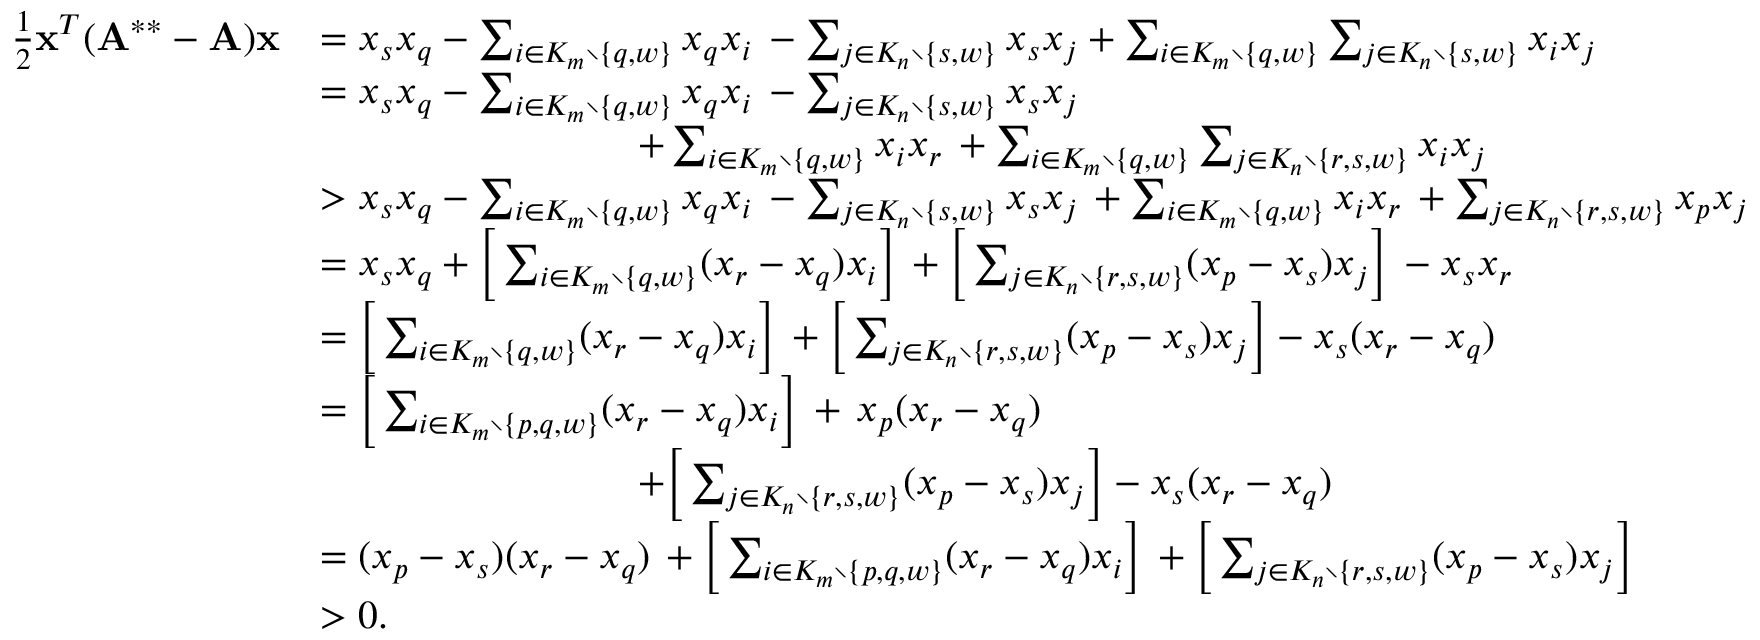
\begin{array} { r l } { \frac { 1 } { 2 } \mathbf { x } ^ { T } ( \mathbf { A } ^ { * * } - \mathbf { A } ) \mathbf { x } } & { = x _ { s } x _ { q } - \sum _ { i \in K _ { m } \setminus \{ q , w \} } x _ { q } x _ { i } \, - \sum _ { j \in K _ { n } \setminus \{ s , w \} } x _ { s } x _ { j } + \sum _ { i \in K _ { m } \setminus \{ q , w \} } \sum _ { j \in K _ { n } \setminus \{ s , w \} } x _ { i } x _ { j } } \\ & { = x _ { s } x _ { q } - \sum _ { i \in K _ { m } \setminus \{ q , w \} } x _ { q } x _ { i } \, - \sum _ { j \in K _ { n } \setminus \{ s , w \} } x _ { s } x _ { j } } \\ & { \qquad \qquad \qquad \qquad + \sum _ { i \in K _ { m } \setminus \{ q , w \} } x _ { i } x _ { r } \, + \sum _ { i \in K _ { m } \setminus \{ q , w \} } \sum _ { j \in K _ { n } \setminus \{ r , s , w \} } x _ { i } x _ { j } } \\ & { > x _ { s } x _ { q } - \sum _ { i \in K _ { m } \setminus \{ q , w \} } x _ { q } x _ { i } \, - \sum _ { j \in K _ { n } \setminus \{ s , w \} } x _ { s } x _ { j } \, + \sum _ { i \in K _ { m } \setminus \{ q , w \} } x _ { i } x _ { r } \, + \sum _ { j \in K _ { n } \setminus \{ r , s , w \} } x _ { p } x _ { j } } \\ & { = x _ { s } x _ { q } + \Big [ \sum _ { i \in K _ { m } \setminus \{ q , w \} } ( x _ { r } - x _ { q } ) x _ { i } \Big ] \, + \Big [ \sum _ { j \in K _ { n } \setminus \{ r , s , w \} } ( x _ { p } - x _ { s } ) x _ { j } \Big ] \, - x _ { s } x _ { r } } \\ & { = \Big [ \sum _ { i \in K _ { m } \setminus \{ q , w \} } ( x _ { r } - x _ { q } ) x _ { i } \Big ] \, + \Big [ \sum _ { j \in K _ { n } \setminus \{ r , s , w \} } ( x _ { p } - x _ { s } ) x _ { j } \Big ] - x _ { s } ( x _ { r } - x _ { q } ) } \\ & { = \Big [ \sum _ { i \in K _ { m } \setminus \{ p , q , w \} } ( x _ { r } - x _ { q } ) x _ { i } \Big ] \, + \, x _ { p } ( x _ { r } - x _ { q } ) } \\ & { \qquad \qquad \qquad \qquad + \Big [ \sum _ { j \in K _ { n } \setminus \{ r , s , w \} } ( x _ { p } - x _ { s } ) x _ { j } \Big ] - x _ { s } ( x _ { r } - x _ { q } ) } \\ & { = ( x _ { p } - x _ { s } ) ( x _ { r } - x _ { q } ) \, + \Big [ \sum _ { i \in K _ { m } \setminus \{ p , q , w \} } ( x _ { r } - x _ { q } ) x _ { i } \Big ] \, + \Big [ \sum _ { j \in K _ { n } \setminus \{ r , s , w \} } ( x _ { p } - x _ { s } ) x _ { j } \Big ] } \\ & { > 0 . } \end{array}